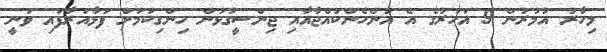
މިހާރު އުމުރުން 9 އަހަރުގެ އެ އަންހެންކުއްޖާއާއި ޖިންސީގުޅުން ހިންގިކަމަށް ފަޅާއަރާފައި ވަނީ